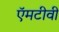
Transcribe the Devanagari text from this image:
ऍमटीवी